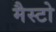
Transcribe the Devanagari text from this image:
मैस्टो